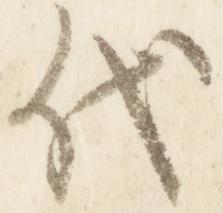
代